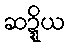
ဆဍ္ဍိယ